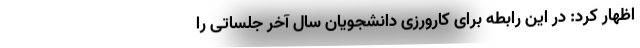
اظهار کرد: در این رابطه برای کارورزی دانشجویان سال آخر جلساتی را